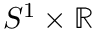
S ^ { 1 } \times \mathbb { R }